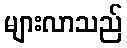
များလာသည်